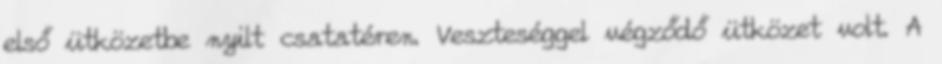
első ütközetbe nyilt csatatéren. Veszteséggel végződő ütközet volt. A